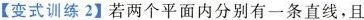
【变式训练2】若两个平面内分别有一条直线，且